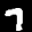
Label: 7